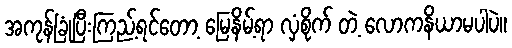
အကုန်ခြုံပြီးကြည့်ရင်တော့ မြေနိမ့်ရာ လှံစိုက် တဲ့ လောကနိယာမပါပဲ။